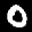
Label: 0